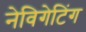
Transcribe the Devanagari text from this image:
नेविगेटिंग